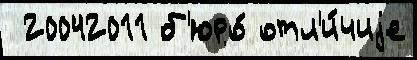
 20042011 б'юро́ отл'и́чиjе